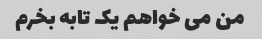
من می خواهم یک تابه بخرم